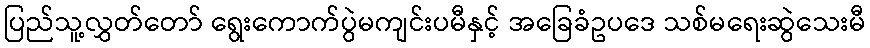
ပြည်သူ့လွှတ်တော် ရွေးကောက်ပွဲမကျင်းပမီနှင့် အခြေခံဥပဒေ သစ်မရေးဆွဲသေးမီ